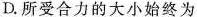
D.所受合力的大小始终为